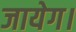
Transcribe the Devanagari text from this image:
जायेग।